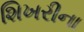
શિખરીના